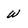
Character: W